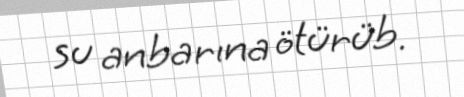
su anbarına ötürüb.